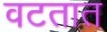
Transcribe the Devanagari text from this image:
वटतात